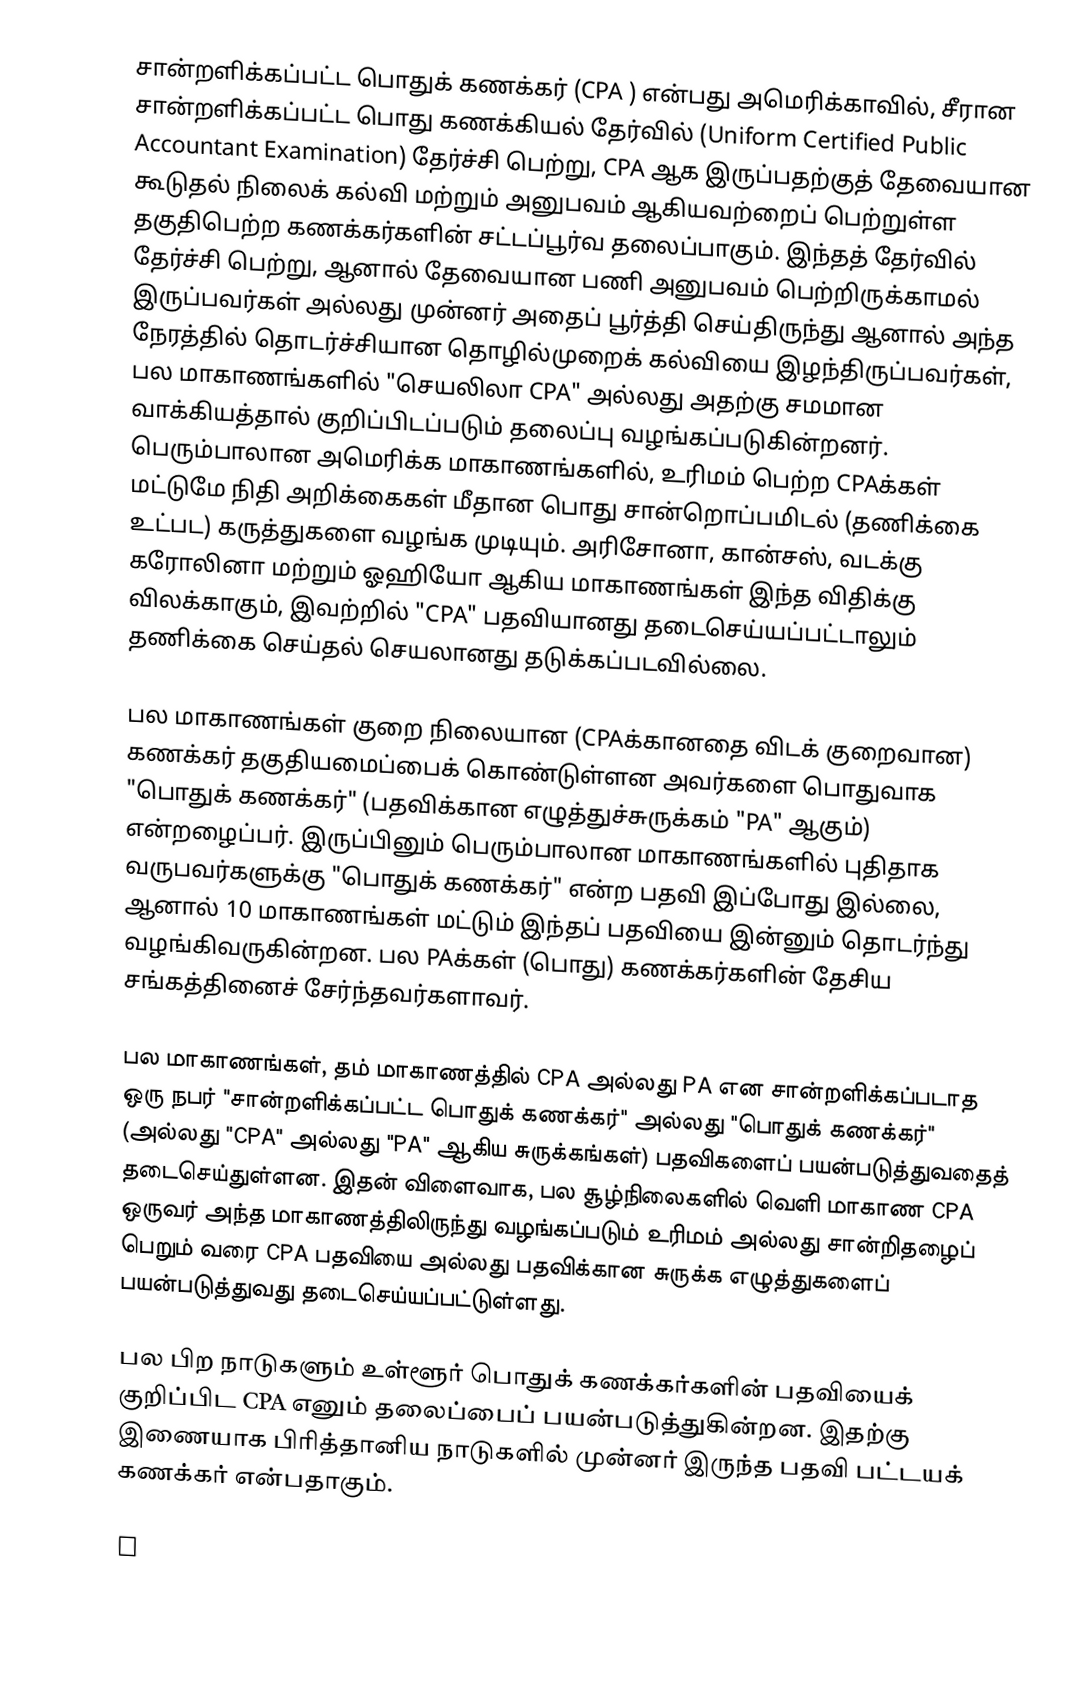
சான்றளிக்கப்பட்ட பொதுக் கணக்கர் (CPA ) என்பது அமெரிக்காவில், சீரான சான்றளிக்கப்பட்ட பொது கணக்கியல் தேர்வில் (Uniform Certified Public Accountant Examination) தேர்ச்சி பெற்று, CPA ஆக இருப்பதற்குத் தேவையான கூடுதல் நிலைக் கல்வி மற்றும் அனுபவம் ஆகியவற்றைப் பெற்றுள்ள தகுதிபெற்ற கணக்கர்களின் சட்டப்பூர்வ தலைப்பாகும். இந்தத் தேர்வில் தேர்ச்சி பெற்று, ஆனால் தேவையான பணி அனுபவம் பெற்றிருக்காமல் இருப்பவர்கள் அல்லது முன்னர் அதைப் பூர்த்தி செய்திருந்து ஆனால் அந்த நேரத்தில் தொடர்ச்சியான தொழில்முறைக் கல்வியை இழந்திருப்பவர்கள், பல மாகாணங்களில் "செயலிலா CPA" அல்லது அதற்கு சமமான வாக்கியத்தால் குறிப்பிடப்படும் தலைப்பு வழங்கப்படுகின்றனர். பெரும்பாலான அமெரிக்க மாகாணங்களில், உரிமம் பெற்ற CPAக்கள் மட்டுமே நிதி அறிக்கைகள் மீதான பொது சான்றொப்பமிடல் (தணிக்கை உட்பட) கருத்துகளை வழங்க முடியும். அரிசோனா, கான்சஸ், வடக்கு கரோலினா மற்றும் ஓஹியோ ஆகிய மாகாணங்கள் இந்த விதிக்கு விலக்காகும், இவற்றில் "CPA" பதவியானது தடைசெய்யப்பட்டாலும் தணிக்கை செய்தல் செயலானது தடுக்கப்படவில்லை.

பல மாகாணங்கள் குறை நிலையான (CPAக்கானதை விடக் குறைவான) கணக்கர் தகுதியமைப்பைக் கொண்டுள்ளன அவர்களை பொதுவாக "பொதுக் கணக்கர்" (பதவிக்கான எழுத்துச்சுருக்கம் "PA" ஆகும்) என்றழைப்பர். இருப்பினும் பெரும்பாலான மாகாணங்களில் புதிதாக வருபவர்களுக்கு "பொதுக் கணக்கர்" என்ற பதவி இப்போது இல்லை, ஆனால் 10 மாகாணங்கள் மட்டும் இந்தப் பதவியை இன்னும் தொடர்ந்து வழங்கிவருகின்றன. பல PAக்கள் (பொது) கணக்கர்களின் தேசிய சங்கத்தினைச் சேர்ந்தவர்களாவர்.

பல மாகாணங்கள், தம் மாகாணத்தில் CPA அல்லது PA என சான்றளிக்கப்படாத ஒரு நபர் "சான்றளிக்கப்பட்ட பொதுக் கணக்கர்" அல்லது "பொதுக் கணக்கர்" (அல்லது "CPA" அல்லது "PA" ஆகிய சுருக்கங்கள்) பதவிகளைப் பயன்படுத்துவதைத் தடைசெய்துள்ளன. இதன் விளைவாக, பல சூழ்நிலைகளில் வெளி மாகாண CPA ஒருவர் அந்த மாகாணத்திலிருந்து வழங்கப்படும் உரிமம் அல்லது சான்றிதழைப் பெறும் வரை CPA பதவியை அல்லது பதவிக்கான சுருக்க எழுத்துகளைப் பயன்படுத்துவது தடைசெய்யப்பட்டுள்ளது.

பல பிற நாடுகளும் உள்ளூர் பொதுக் கணக்கர்களின் பதவியைக் குறிப்பிட CPA எனும் தலைப்பைப் பயன்படுத்துகின்றன. இதற்கு இணையாக பிரித்தானிய நாடுகளில் முன்னர் இருந்த பதவி பட்டயக் கணக்கர் என்பதாகும்.

C